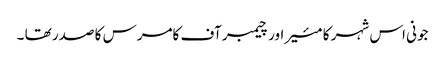
جونی اس شہر کا مئیر اور چیمبر آف کامرس کا صدر تھا ۔